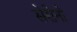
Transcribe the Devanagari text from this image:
सेरोनो